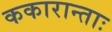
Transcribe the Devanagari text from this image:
ककारान्ताः